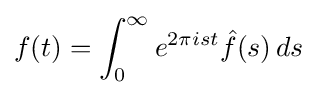
f(t)=\int _{0}^{\infty }e^{2\pi ist}{\hat {f}}(s)\,ds